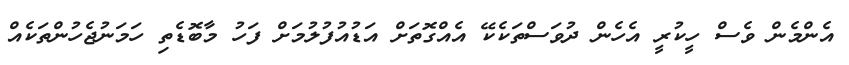
އެންމެން ވެސް ހީކުރީ އެހެން ދުވަސްތަކެކޭ އެއްގޮތަށް އަޑުއުފުލުމަށް ފަހު މާބޮޑެތި ހަމަނުޖެހުންތަކެއް